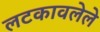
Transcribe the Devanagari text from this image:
लटकावलेले